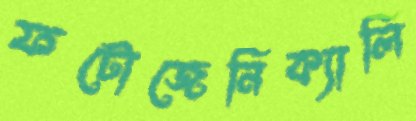
ফটোজেনিক্যালি